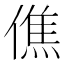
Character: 僬